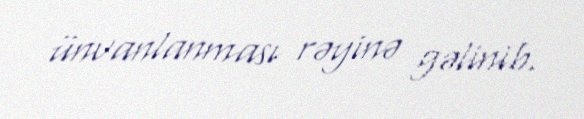
ünvanlanması rəyinə gəlinib.